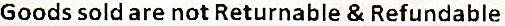
GOODS SOLD ARE NOT RETURNABLE & REFUNDABLE